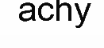
achy